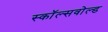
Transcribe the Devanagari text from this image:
स्कॉल्सवोल्ड